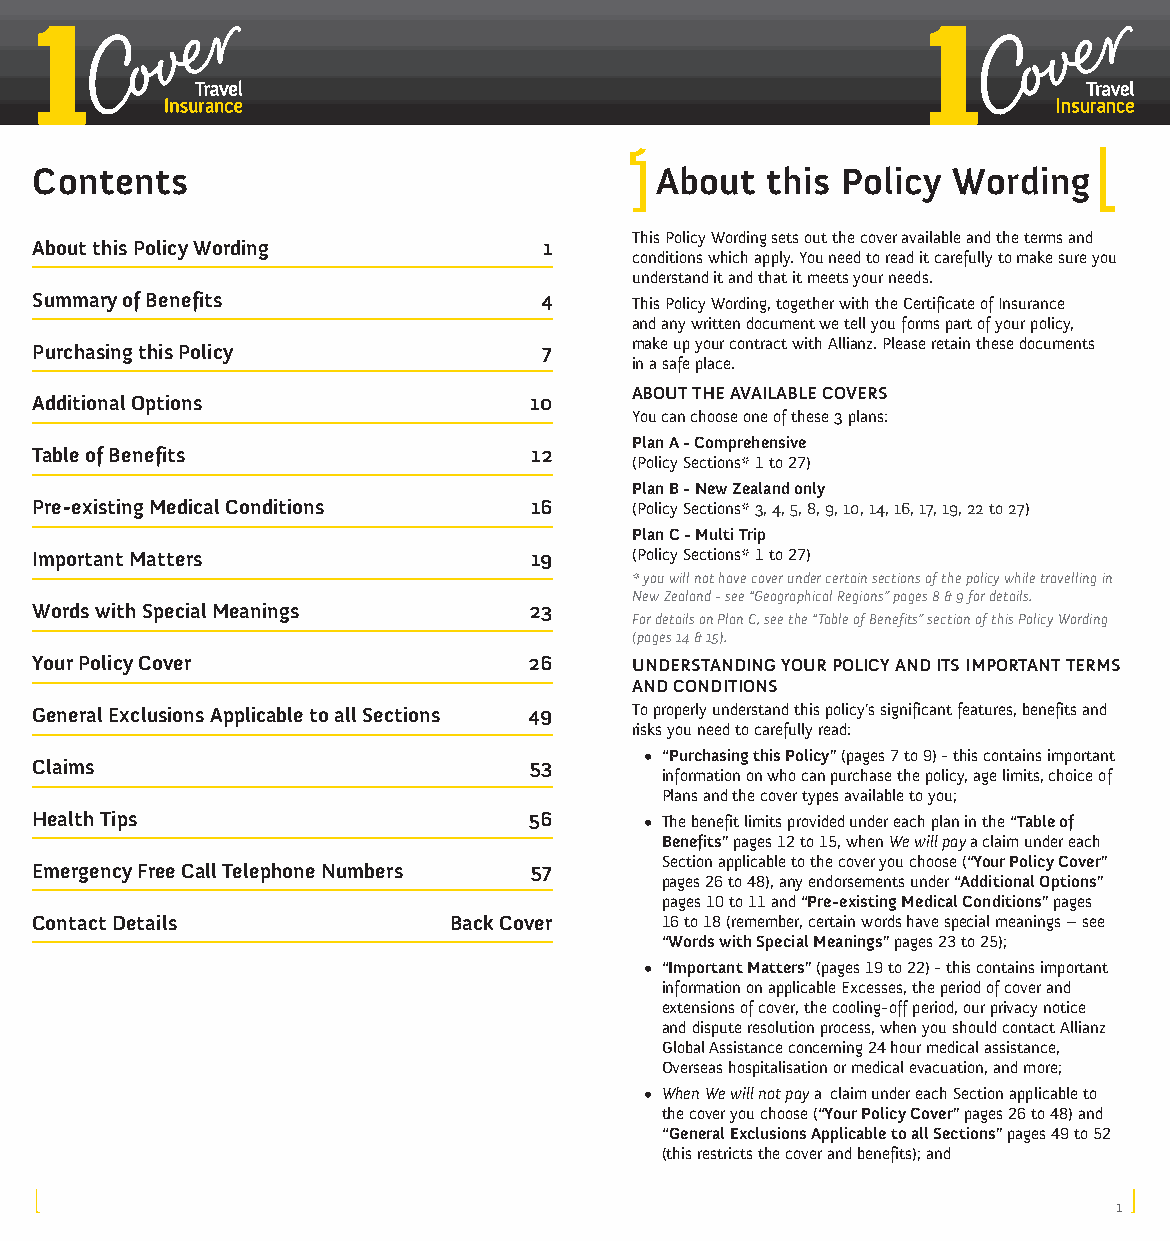
Contents                                 About   this Policy Wording
 This Policy Wording sets out the cover available and the terms and
 About this Policy Wording         1
 conditions which apply. You need to read it carefully to make sure you
 understand it and that it meets your needs.
 Summary of Benefits               4     This Policy Wording, together with the Certificate of Insurance
 and any written document we tell you forms part of your policy,
 Purchasing this Policy            7     make up your contract with Allianz. Please retain these documents
 in a safe place.
 ABOUT THE AVAILABLE COVERS
 Additional Options               10
 You can choose one of these 3 plans:
 Plan A - Comprehensive
 Table of Benefits                12
 (Policy Sections* 1 to 27)
 Plan B - New Zealand only
 Pre-existing Medical Conditions  16     (Policy Sections* 3, 4, 5, 8, 9, 10, 14, 16, 17, 19, 22 to 27)
 Plan C - Multi Trip
 Important Matters                19     (Policy Sections* 1 to 27)
 * you will not have cover under certain sections of the policy while travelling in
 New Zealand - see “Geographical Regions” pages 8 & 9 for details.
 Words with Special Meanings      23
 For details on Plan C, see the “Table of Benefits” section of this Policy Wording
 (pages 14 & 15).
 Your Policy Cover                26     UNDERSTANDING YOUR POLICY AND ITS IMPORTANT TERMS
 AND CONDITIONS
 General Exclusions Applicable to all Sections 49 To properly understand this policy’s significant features, benefits and
 risks you need to carefully read:
 • “Purchasing this Policy” (pages 7 to 9) - this contains important
 Claims                           53
 information on who can purchase the policy, age limits, choice of
 Plans and the cover types available to you;
 Health Tips                      56      • The benefit limits provided under each plan in the “Table of
 Benefits” pages 12 to 15, when We will pay a claim under each
 Section applicable to the cover you choose (“Your Policy Cover”
 Emergency Free Call Telephone Numbers 57
 pages 26 to 48), any endorsements under “Additional Options”
 pages 10 to 11 and “Pre-existing Medical Conditions” pages
 Contact Details             Back Cover    16 to 18 (remember, certain words have special meanings – see
 “Words with Special Meanings” pages 23 to 25);
 • “Important Matters” (pages 19 to 22) - this contains important
 information on applicable Excesses, the period of cover and
 extensions of cover, the cooling-off period, our privacy notice
 and dispute resolution process, when you should contact Allianz
 Global Assistance concerning 24 hour medical assistance,
 Overseas hospitalisation or medical evacuation, and more;
 • When We will not pay a claim under each Section applicable to
 the cover you choose (“Your Policy Cover” pages 26 to 48) and
 “General Exclusions Applicable to all Sections” pages 49 to 52
 (this restricts the cover and benefits); and
 1